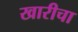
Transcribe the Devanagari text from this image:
खारीचा